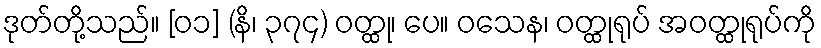
ဒုတ်တို့သည်။ [၀၁] (နိ၊ ၃၇၄) ဝတ္ထု၊ ပေ။ ဝသေန၊ ဝတ္ထုရုပ် အဝတ္ထုရုပ်ကို